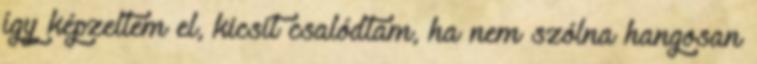
így képzeltem el, kicsit csalódtam, ha nem szólna hangosan